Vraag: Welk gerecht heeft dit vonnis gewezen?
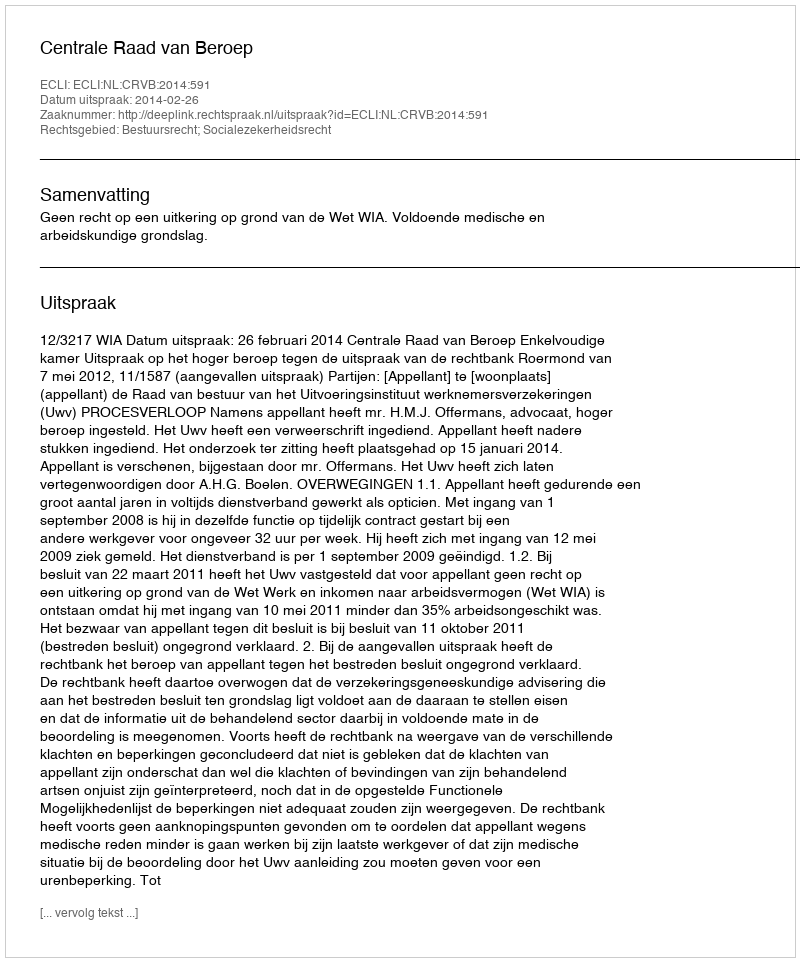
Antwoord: Centrale Raad van Beroep